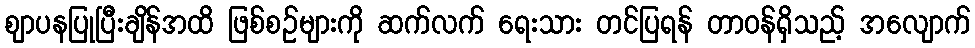
ဈာပနပြုပြီးချိန်အထိ ဖြစ်စဉ်များကို ဆက်လက် ရေးသား တင်ပြရန် တာဝန်ရှိသည့် အလျောက်